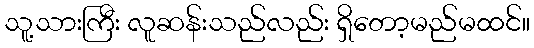
သူ့သားကြီး လူဆန်းသည်လည်း ရှိတော့မည်မထင်။